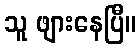
သူ ဖျားနေပြီ။